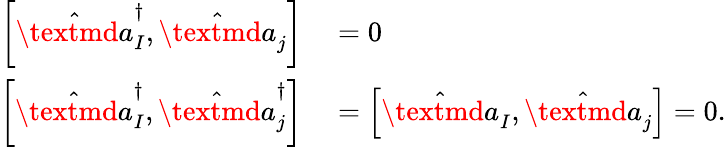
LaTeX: \begin{array}{rl}{\left[\hat{\textmd a}_{I}^{\dagger},\hat{\textmd a}_{j}\right]}&{{}=0}\\ {\left[\hat{\textmd a}_{I}^{\dagger},\hat{\textmd a}_{j}^{\dagger}\right]}&{{}=\left[\hat{\textmd a}_{I},\hat{\textmd a}_{j}\right]=0.}\end{array}